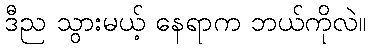
ဒီည သွားမယ့် နေရာက ဘယ်ကိုလဲ။